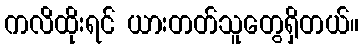
ကလိထိုးရင် ယားတတ်သူတွေရှိတယ်။